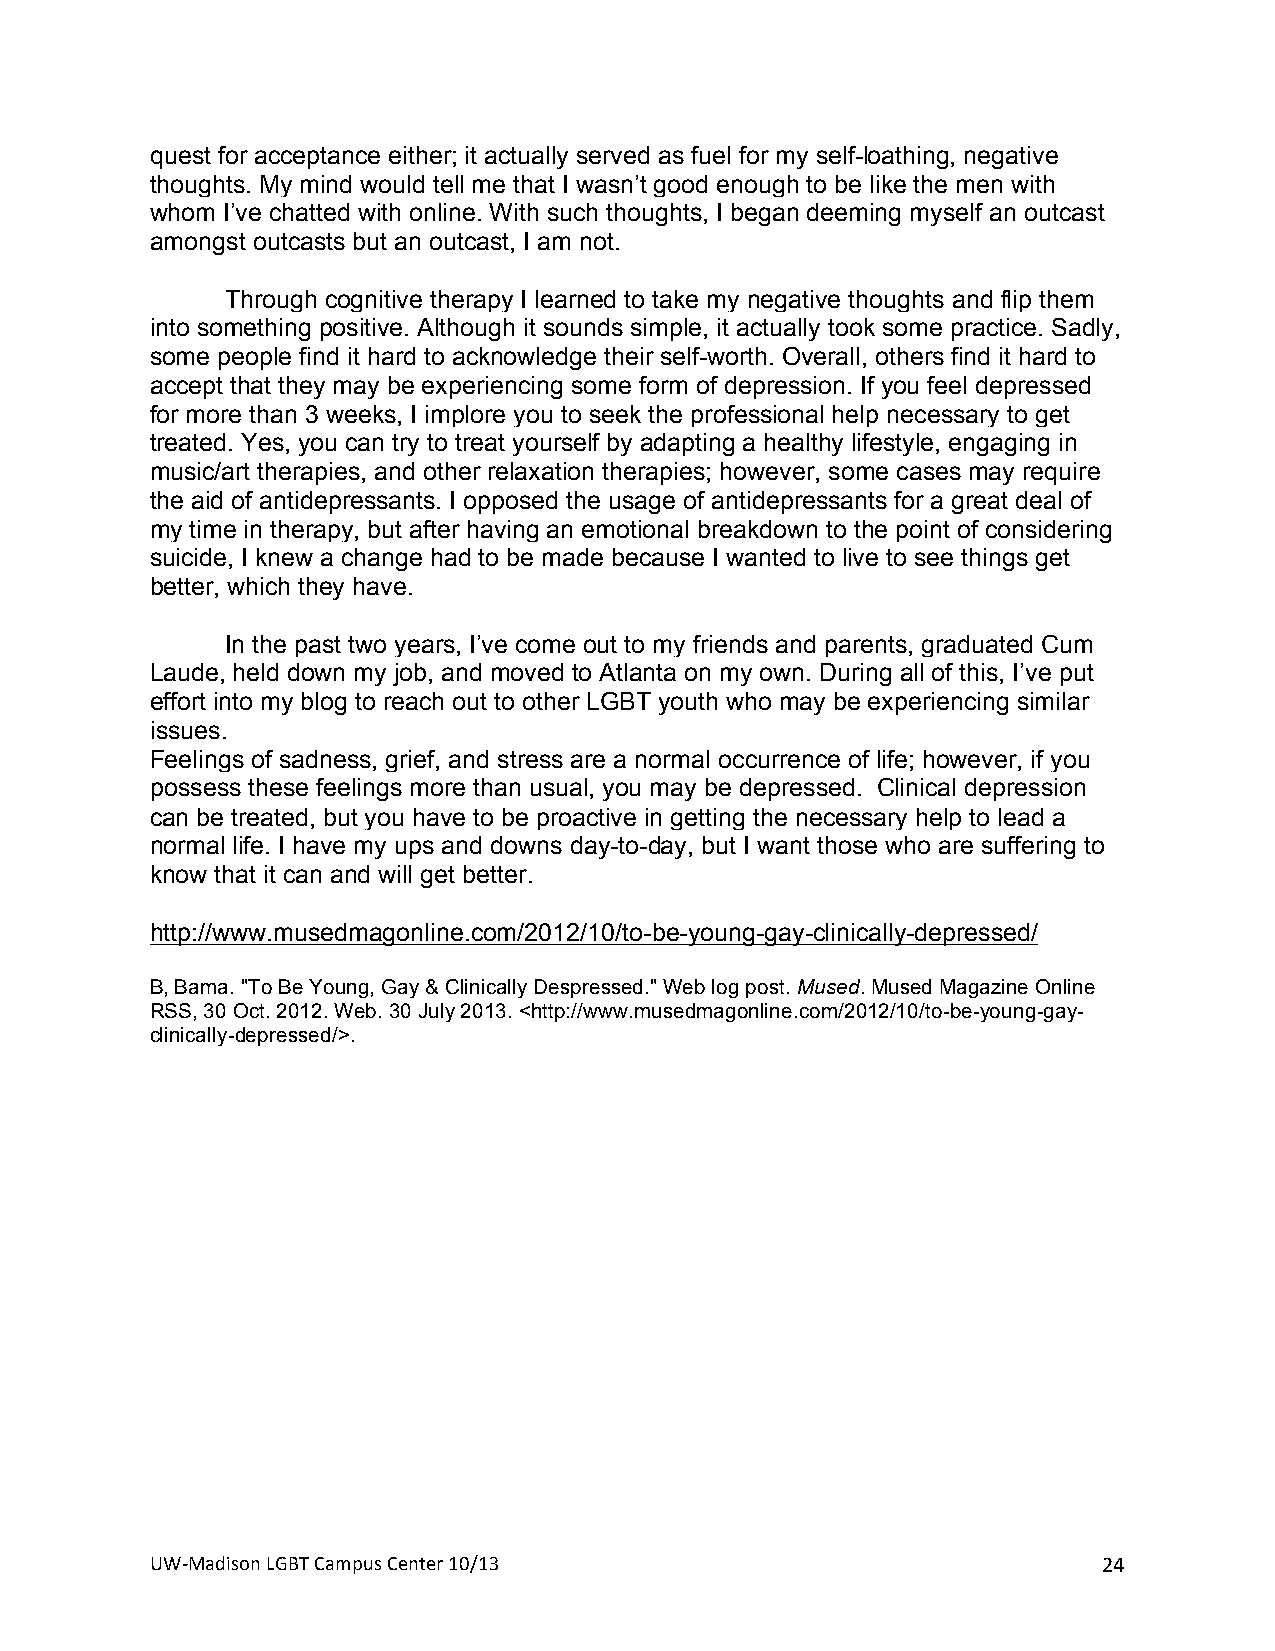
quest for acceptance either; it actually served as fuel for my self-loathing, negative
 thoughts. My mind would tell me that I wasn’t good enough to be like the men with
 whom I’ve chatted with online. With such thoughts, I began deeming myself an outcast
 amongst outcasts but an outcast, I am not.
 Through cognitive therapy I learned to take my negative thoughts and flip them
 into something positive. Although it sounds simple, it actually took some practice. Sadly,
 some people find it hard to acknowledge their self-worth. Overall, others find it hard to
 accept that they may be experiencing some form of depression. If you feel depressed
 for more than 3 weeks, I implore you to seek the professional help necessary to get
 treated. Yes, you can try to treat yourself by adapting a healthy lifestyle, engaging in
 music/art therapies, and other relaxation therapies; however, some cases may require
 the aid of antidepressants. I opposed the usage of antidepressants for a great deal of
 my time in therapy, but after having an emotional breakdown to the point of considering
 suicide, I knew a change had to be made because I wanted to live to see things get
 better, which they have.
 In the past two years, I’ve come out to my friends and parents, graduated Cum
 Laude, held down my job, and moved to Atlanta on my own. During all of this, I’ve put
 effort into my blog to reach out to other LGBT youth who may be experiencing similar
 issues.
 Feelings of sadness, grief, and stress are a normal occurrence of life; however, if you
 possess these feelings more than usual, you may be depressed. Clinical depression
 can be treated, but you have to be proactive in getting the necessary help to lead a
 normal life. I have my ups and downs day-to-day, but I want those who are suffering to
 know that it can and will get better.
 http://www.musedmagonline.com/2012/10/to-be-young-gay-clinically-depressed/
 B, Bama. "To Be Young, Gay & Clinically Despressed." Web log post. Mused. Mused Magazine Online
 RSS, 30 Oct. 2012. Web. 30 July 2013. <http://www.musedmagonline.com/2012/10/to-be-young-gay-
 clinically-depressed/>.
 +                   +
 UW#Madison+LGBT+Campus+Center+10/13+                           24+